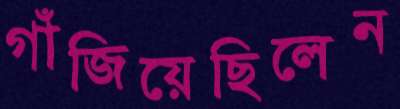
গাঁজিয়েছিলেন